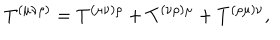
T ^ { ( \mu \nu \rho ) } = T ^ { ( \mu \nu ) \rho } + T ^ { ( \nu \rho ) \mu } + T ^ { ( \rho \mu ) \nu } ,